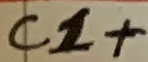
Text: C1+